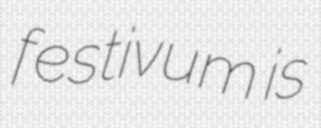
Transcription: festivum  is